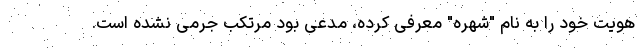
هویت خود را به نام "شهره" معرفی کرده، مدعی بود مرتکب جرمی نشده است.